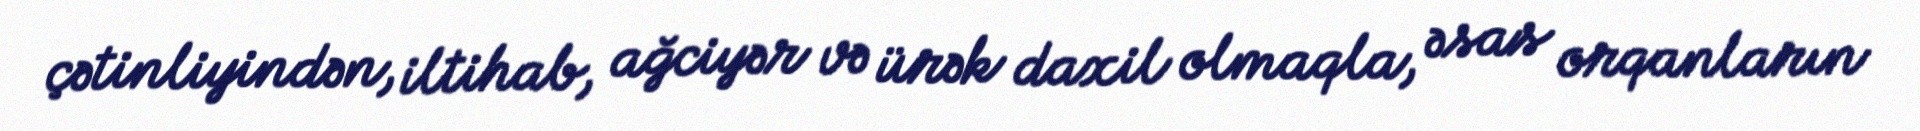
çətinliyindən, iltihab, ağciyər və ürək daxil olmaqla, əsas orqanların